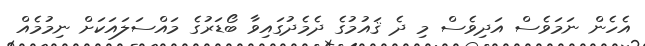
އެހެން ނަމަވެސް އަދިވެސް މި ދެ ޤައުމުގެ ދެމެދުގައިވާ ބޯޑަރުގެ މައްސަލައަކަށް ނިމުމެއް